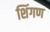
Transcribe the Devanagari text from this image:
शिंगण